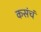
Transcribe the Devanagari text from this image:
कसंचं